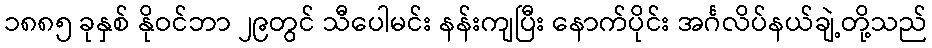
၁၈၈၅ ခုနှစ် နိုဝင်ဘာ ၂၉တွင် သီပေါမင်း နန်းကျပြီး နောက်ပိုင်း အင်္ဂလိပ်နယ်ချဲ့တို့သည်